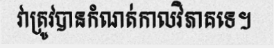
វាត្រូវបានកំណត់កាលវិភាគទេ។